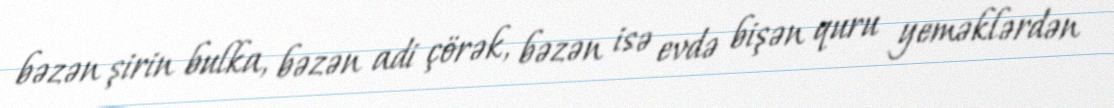
bəzən şirin bulka, bəzən adi çörək, bəzən isə evdə bişən quru yeməklərdən